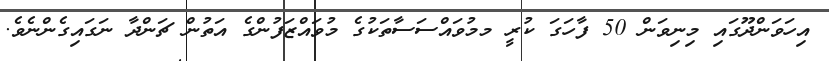
އިހަވަންދޫގައި މިނިވަން 50 ފާހަގަ ކުރީ މމުވައްސަސާތަކުގެ މުވައްޒަފުންގެ އަތުން ޗަންދާ ނަގައިގެންނެވެ.